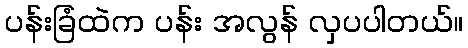
ပန်းခြံထဲက ပန်း အလွန် လှပပါတယ်။